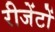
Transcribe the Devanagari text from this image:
रीजेंटों